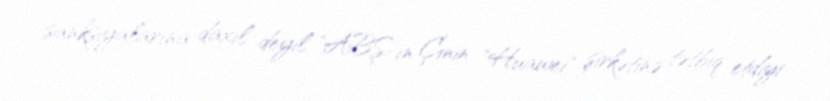
sanksiyalarına daxil deyil "ABŞ-ın Çinin "Huawei" şirkətinə tətbiq etdiyi